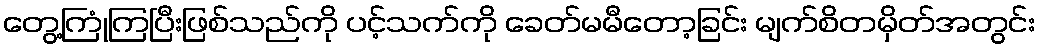
တွေ့ကြုံကြပြီးဖြစ်သည်ကို ပင့်သက်ကို ခေတ်မမီတော့ခြင်း မျက်စိတမှိတ်အတွင်း